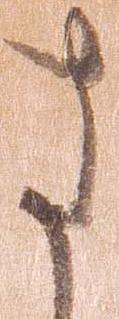
さ